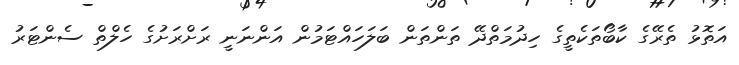
އަތޮޅު ތެރޭގެ ކާބޯތަކެތީގެ ހިދުމަތްދޭ ތަންތަން ބަލަހައްޓަމުން އަންނަނީ ރަށްރަށުގެ ހެލްތް ސެންޓަރު